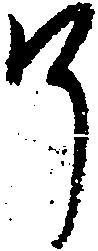
了